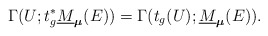
\begin{align*}\Gamma(U;t_g^*\underline{M}_{\boldsymbol{\mu}}(E))=\Gamma(t_g(U);\underline{M}_{\boldsymbol{\mu}}(E)).\end{align*}